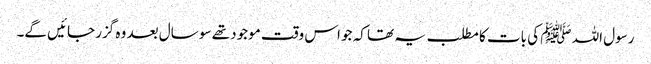
رسول اللہ ﷺ کی بات کا مطلب یہ تھا کہ جو اس وقت موجود تھے سو سال بعد وہ گزر جائیں گے۔